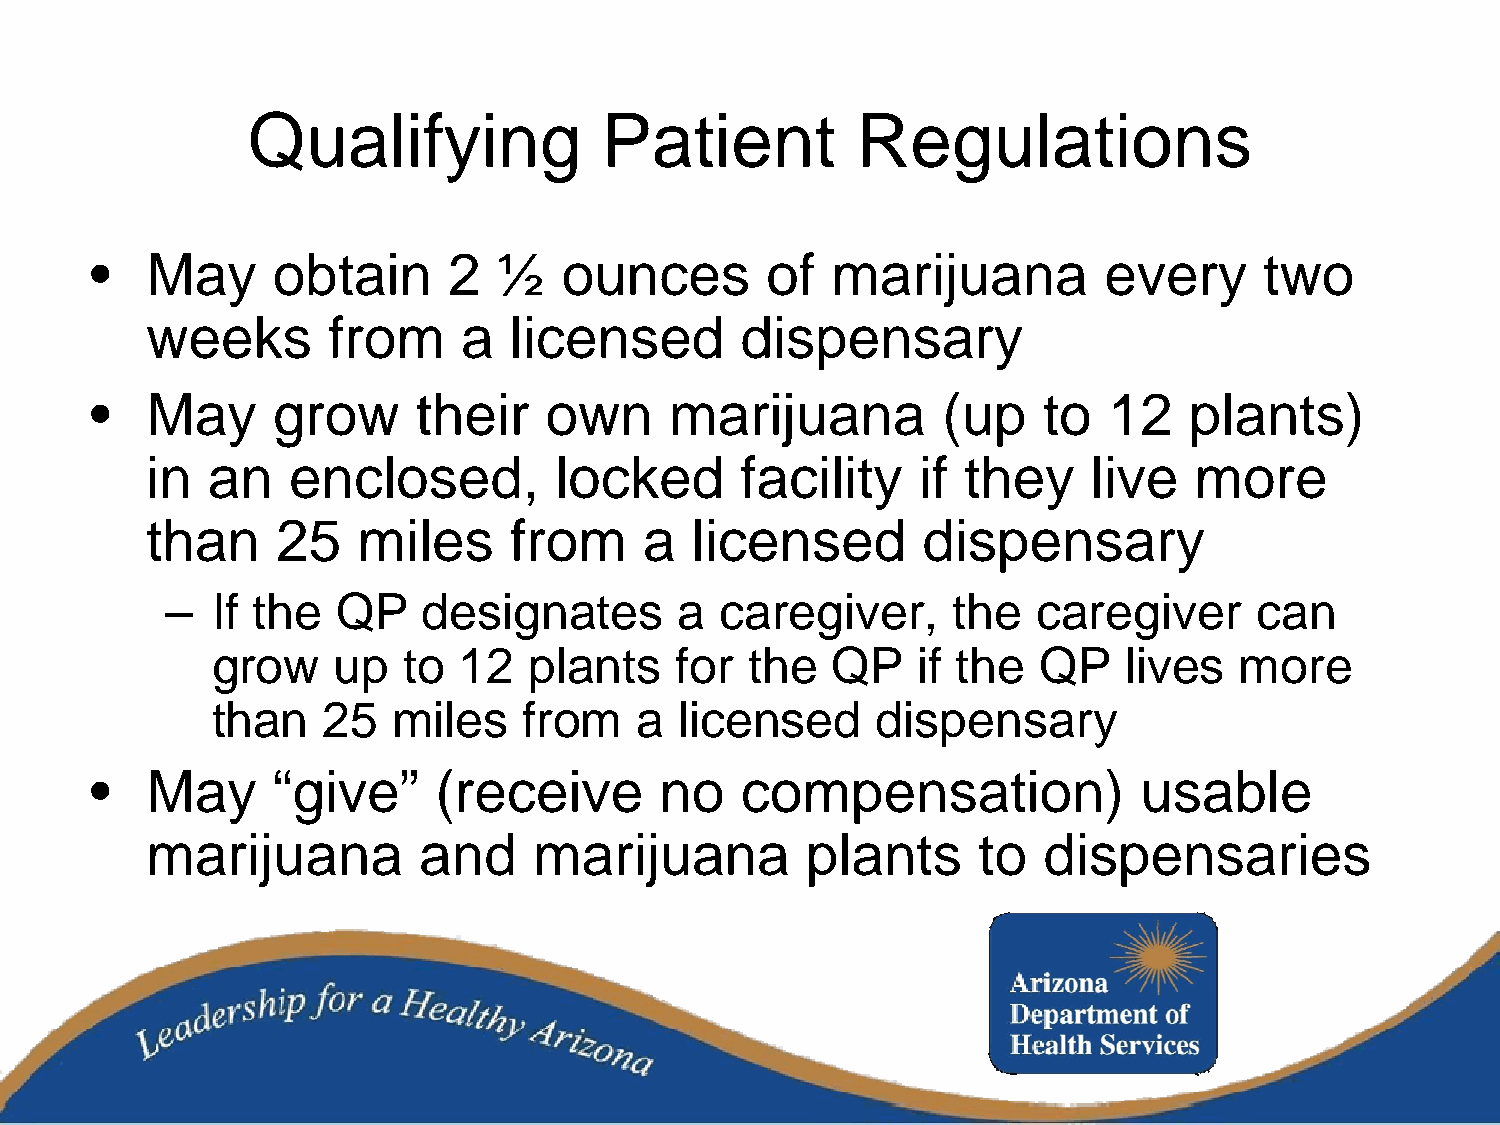
Qualifying              Patient          Regulations
 •   May     obtain      2  ½   ounces        of  marijuana         every      two
 weeks       from    a   licensed       dispensary
 •   May     grow     their    own     marijuana         (up    to  12    plants)
 in  an   enclosed,         locked      facility    if they    live   more
 than    25    miles     from     a  licensed       dispensary
 –  If the  QP    designates       a  caregiver,     the   caregiver     can
 grow    up   to 12   plants    for  the  QP    if the  QP   lives   more
 than   25   miles    from   a  licensed     dispensary
 •   May     “give”     (receive       no   compensation)             usable
 marijuana         and    marijuana         plants      to  dispensaries